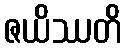
ဇယိဿတိ